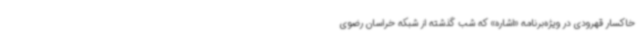
خاکسار قهرودی در ویژه‌برنامه «اشاره» که شب گذشته از شبکه خراسان رضوی